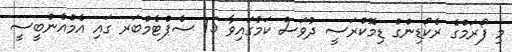
މި ފޯރަމްގެ ރެކޯޑިންގް ޑިމޮކްރަސީ ދުވަސް ކަމުގައިވާ 15 ސެޕްޓެމްބަރ ގައި އެމްއެންބީސީ